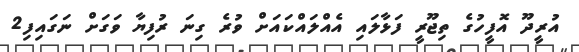
އުރީދޫ އޮފީހުގެ ތިޖޫރީ ފަޅާލައި އެއްލައްކައަށް ވުރެ ގިނަ ރުފިޔާ ވަގަށް ނަގައިފި2